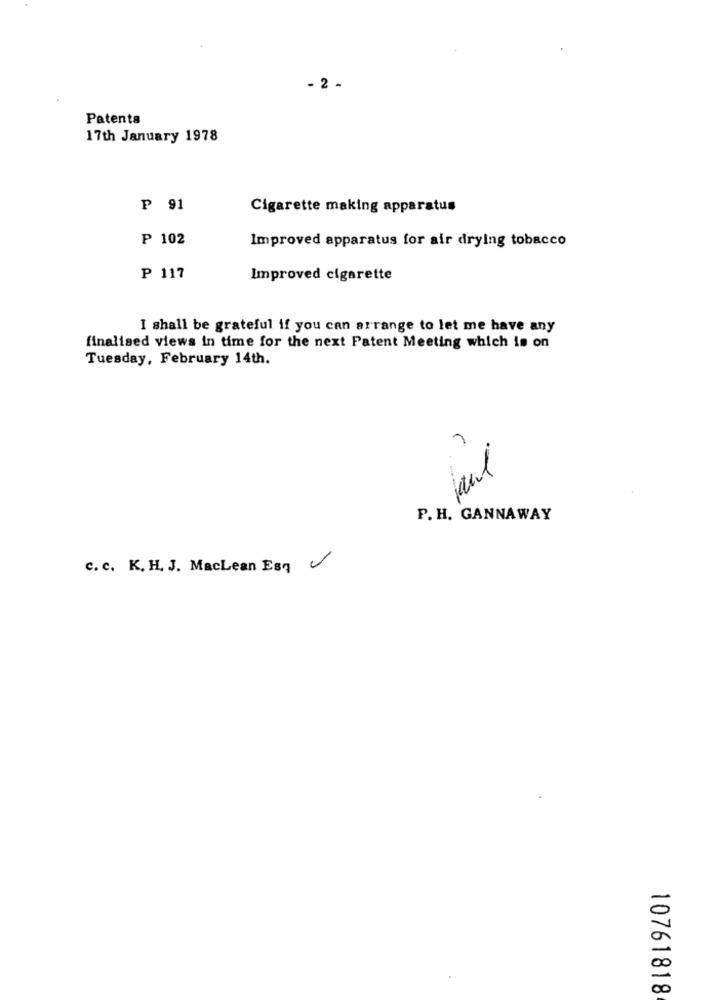
- 2 -
Patents
17th January 1978
₱ 91
Cigarette making apparatus
₱ 102
Improved apparatus for air drying tobacco
₱ 117
Improved cigarette
I shall be grateful if you can arrange to let me have any
finalised views in time for the next Patent Meeting which is on
Tuesday, February 14th.
P. H. GANNAWAY
c. c. K. H. J. MacLean Esq
10761818